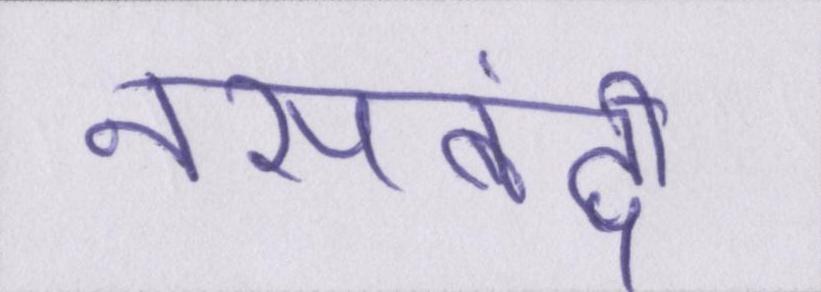
नसबंदी